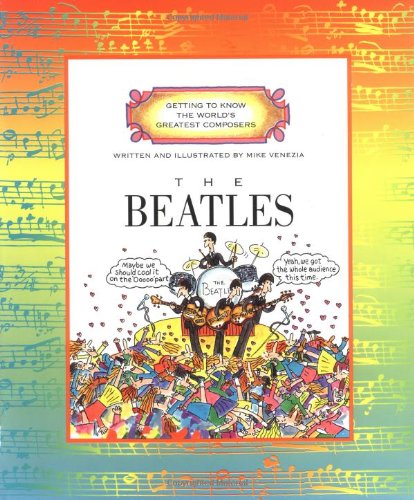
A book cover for The Beatles (Getting to Know the World's Greatest Composers); Mike Venezia; Children's Books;